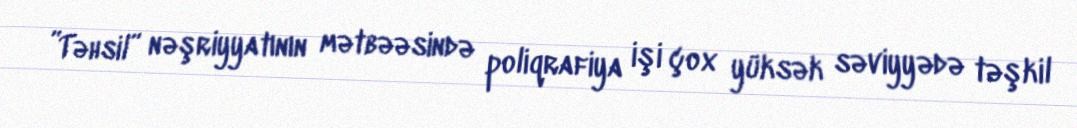
”Təhsil” nəşriyyatının mətbəəsində poliqrafiya işi çox yüksək səviyyədə təşkil